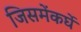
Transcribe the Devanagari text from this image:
जिसमेंकर्घे